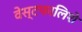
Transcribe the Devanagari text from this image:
वेस्टफालिशे